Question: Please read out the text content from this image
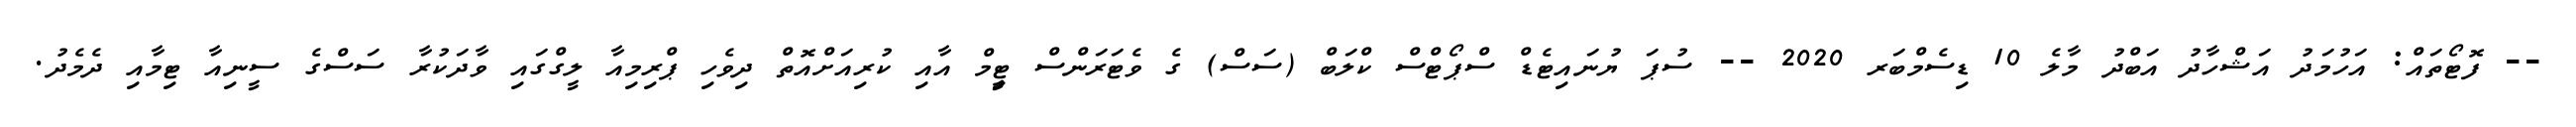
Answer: -- ފޮޓޯތައް: އަހުމަދު އަޝްހާދު އަބްދު މާލެ 10 ޑިސެމްބަރ 2020 -- ސުޕަ ޔުނައިޓެޑް ސްޕޯޓްސް ކްލަބް (ސަސް) ގެ ވެޓަރަންސް ޓިީމް އާއި ކުރިއަށްއޮތް ދިވެހި ޕްރިމިއާ ލީގްގައި ވާދަކުރާ ސަސްގެ ސީނިއާ ޓިމާއި ދެމެދު.